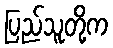
ပြည်သူတို့က